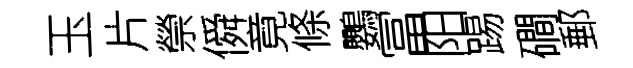
玉片禜僢竟條鸚冨阳踢磵郵